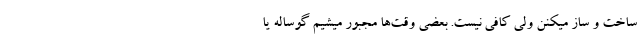
ساخت و ساز میکنن ولی کافی نیست. بعضی وقت‌ها مجبور میشیم گوساله یا